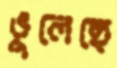
ভুলেছে